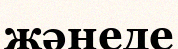
жәнеде